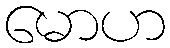
မောဟ